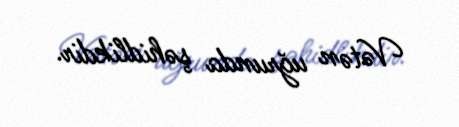
Vətən uğrunda şəhidlikdir.